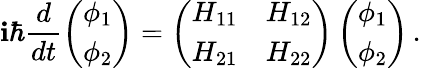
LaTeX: \mathbf{i}\hbar\frac{{d}}{{dt}}\left(\begin{array}{l}{\phi_{1}}\\ {\phi_{2}}\end{array}\right)=\left(\begin{array}{ll}{H_{11}}&{H_{12}}\\ {H_{21}}&{H_{22}}\end{array}\right)\left(\begin{array}{l}{\phi_{1}}\\ {\phi_{2}}\end{array}\right)\, .